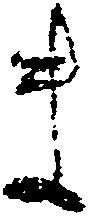
ま